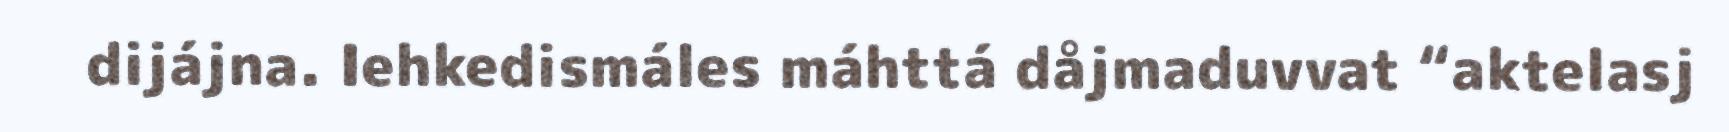
dijájna. Iehkedismáles máhttá dåjmaduvvat “aktelasj